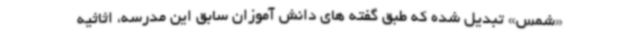
«شمس» تبدیل شده که طبق گفته های دانش آموزان سابق این مدرسه، اثاثیه